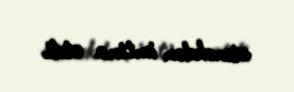
etməkdən imtina etdi.